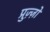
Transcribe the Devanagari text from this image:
प्रुज़्ज़ो